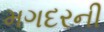
મગદરની